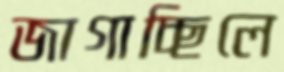
জাগাচ্ছিলে